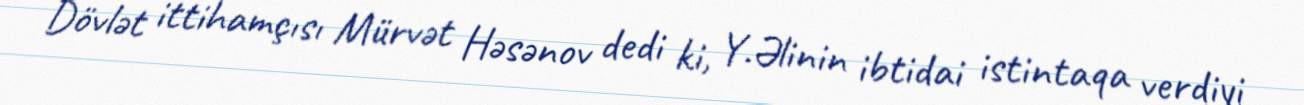
Dövlət ittihamçısı Mürvət Həsənov dedi ki, Y.Əlinin ibtidai istintaqa verdiyi